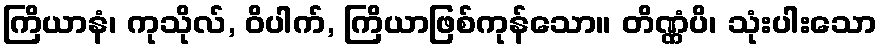
ကြိယာနံ၊ ကုသိုလ်, ဝိပါက်, ကြိယာဖြစ်ကုန်သော။ တိဏ္ဏံပိ၊ သုံးပါးသော